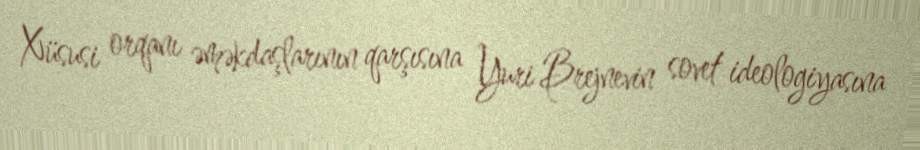
Xüsusi orqanı əməkdaşlarının qarşısına Yuri Brejnevin sovet ideologiyasına